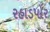
રહાડપોર